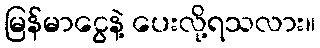
မြန်မာငွေနဲ့ ပေးလို့ရသလား။